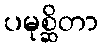
ပမုစ္ဆိတာ